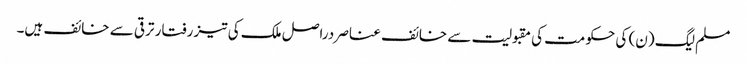
مسلم لیگ (ن) کی حکومت کی مقبولیت سے خائف عناصر دراصل ملک کی تیز رفتار ترقی سے خائف ہیں۔